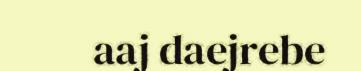
aaj daejrebe